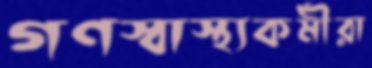
গণস্বাস্থ্যকর্মীরা